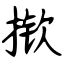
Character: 揿